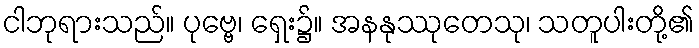
ငါဘုရားသည်။ ပုဗ္ဗေ၊ ရှေး၌။ အနနုဿုတေသု၊ သတူပါးတို့၏